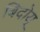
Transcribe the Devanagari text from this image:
बिदोयू